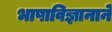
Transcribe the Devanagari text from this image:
भाषाविज्ञानाने